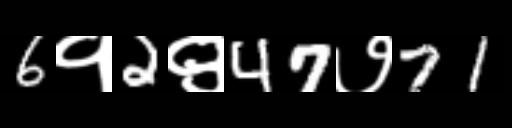
Text: 6१2९47७71